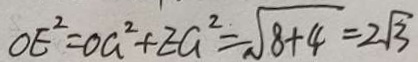
O E ^ { 2 } = o a ^ { 2 } + E a ^ { 2 } = \sqrt { 8 + 4 } = 2 \sqrt { 3 }